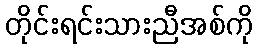
တိုင်းရင်းသားညီအစ်ကို